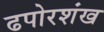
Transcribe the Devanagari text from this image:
ढपोरशंख